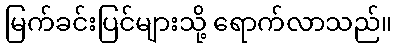
မြက်ခင်းပြင်များသို့ ရောက်လာသည်။